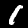
Digit: 1